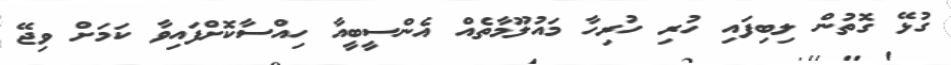
ގުޅޭ ގޮތުން ލިބިފައި ހުރި ހުރިހާ މައުލޫމާތެއް އެންސީބީއާ ހިއްސާކޮށްފައިވާ ކަމަށް ވިޖޭ